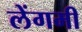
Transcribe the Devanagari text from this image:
लेंगमी